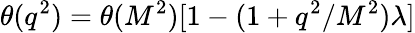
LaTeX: \theta(q^{2})=\theta(M^{2})[1-(1+q^{2}/M^{2})\lambda]